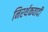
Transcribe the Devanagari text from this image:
निरर्थकवादी